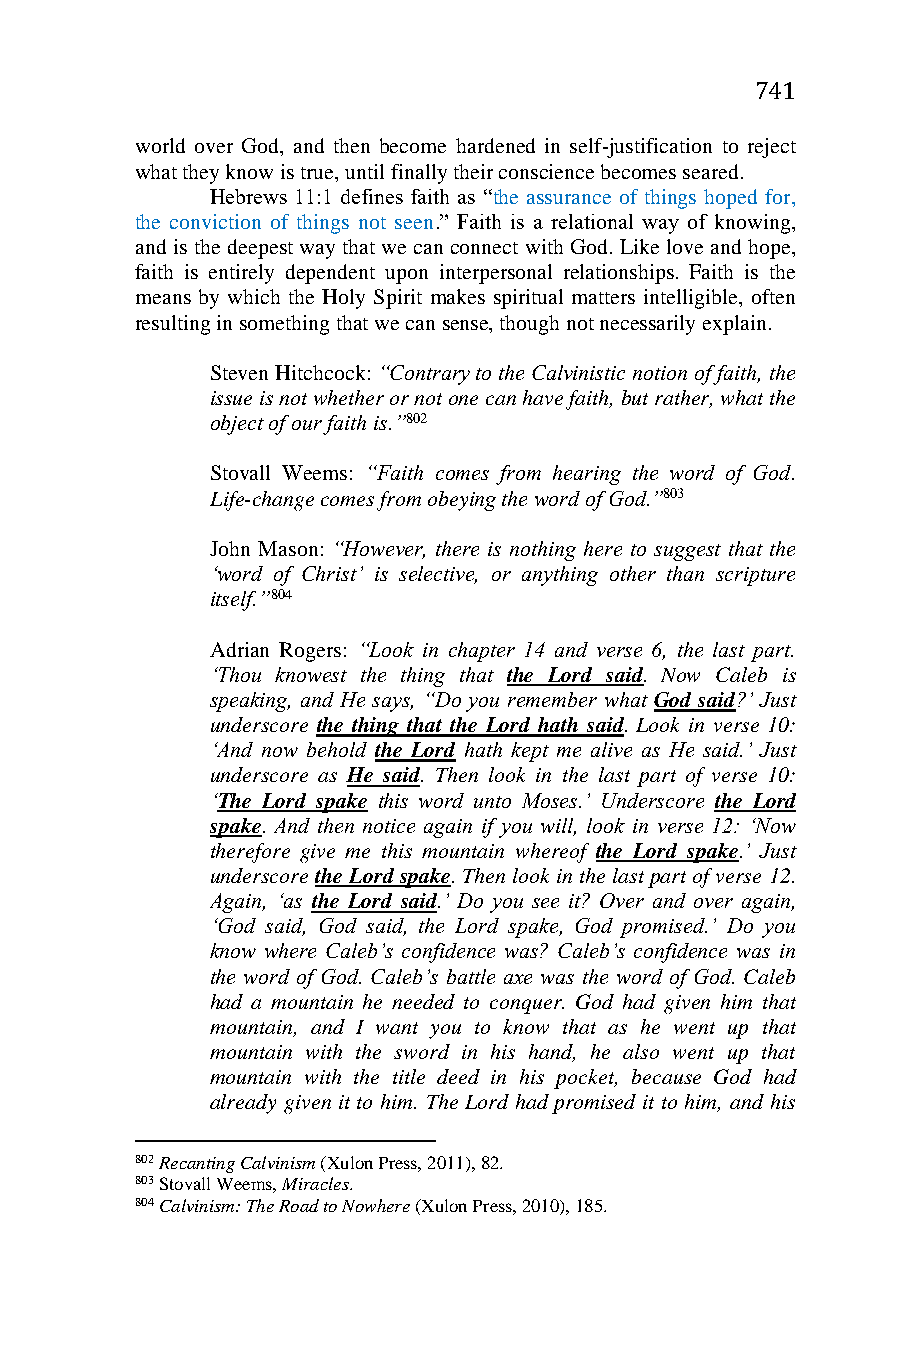
741
 world over God, and then become hardened in self-justification to reject
 what they know is true, until finally their conscience becomes seared.
 Hebrews 11:1 defines faith as “the assurance of things hoped for,
 the conviction of things not seen.” Faith is a relational way of knowing,
 and is the deepest way that we can connect with God. Like love and hope,
 faith is entirely dependent upon interpersonal relationships. Faith is the
 means by which the Holy Spirit makes spiritual matters intelligible, often
 resulting in something that we can sense, though not necessarily explain.
 Steven Hitchcock: “Contrary to the Calvinistic notion of faith, the
 issue is not whether or not one can have faith, but rather, what the
 object of our faith is.”802
 Stovall Weems: “Faith comes from hearing the word of God.
 Life-change comes from obeying the word of God.”803
 John Mason: “However, there is nothing here to suggest that the
 ‘word of Christ’ is selective, or anything other than scripture
 itself.”804
 Adrian Rogers: “Look in chapter 14 and verse 6, the last part.
 ‘Thou knowest the thing that the Lord said. Now Caleb is
 speaking, and He says, “Do you remember what God said?’ Just
 underscore the thing that the Lord hath said. Look in verse 10:
 ‘And now behold the Lord hath kept me alive as He said.’ Just
 underscore as He said. Then look in the last part of verse 10:
 ‘The Lord spake this word unto Moses.’ Underscore the Lord
 spake. And then notice again if you will, look in verse 12: ‘Now
 therefore give me this mountain whereof the Lord spake.’ Just
 underscore the Lord spake. Then look in the last part of verse 12.
 Again, ‘as the Lord said.’ Do you see it? Over and over again,
 ‘God said, God said, the Lord spake, God promised.’ Do you
 know where Caleb’s confidence was? Caleb’s confidence was in
 the word of God. Caleb’s battle axe was the word of God. Caleb
 had a mountain he needed to conquer. God had given him that
 mountain, and I want you to know that as he went up that
 mountain with the sword in his hand, he also went up that
 mountain with the title deed in his pocket, because God had
 already given it to him. The Lord had promised it to him, and his
 802 Recanting Calvinism (Xulon Press, 2011), 82.
 803 Stovall Weems, Miracles.
 804 Calvinism: The Road to Nowhere (Xulon Press, 2010), 185.